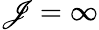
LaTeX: \mathscr{J}=\infty